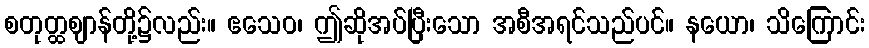
စတုတ္ထဈာန်တို့၌လည်း။ ဧသေဝ၊ ဤဆိုအပ်ပြီးသော အစီအရင်သည်ပင်။ နယော၊ သိကြောင်း